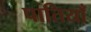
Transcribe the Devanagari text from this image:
पातियाँ